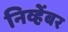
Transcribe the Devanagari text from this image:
निव्हेंबर